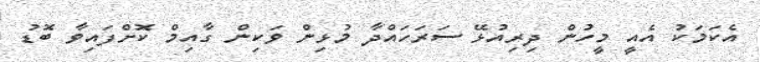
އެކަމަކު އެއީ މީހުން ދިރިއުޅޭ ސަރަހައްދާ މުޅިން ވަކިން ގާއިމް ކޮށްފައިވާ ބޮޑު